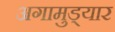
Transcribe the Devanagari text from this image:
अगामुड्यार